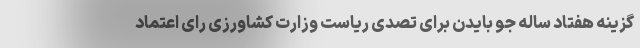
گزینه هفتاد ساله جو بایدن برای تصدی ریاست وزارت کشاورزی رای اعتماد